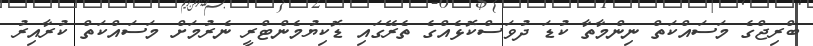
ބްރިޖްގެ މަަސައްކަތް ނިންމާތާ ކުޑަ ދުވަސްކޮޅެއްގެ ތެރޭގައި ޑޮކިޔުމެންޓްރީ ނެރުމަށް މަސައްކަތް ކުރާއިރު